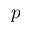
p